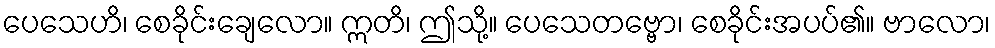
ပေသေဟိ၊ စေခိုင်းချေလော။ ဣတိ၊ ဤသို့။ ပေသေတဗ္ဗော၊ စေခိုင်းအပပ်၏။ ဗာလော၊